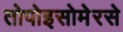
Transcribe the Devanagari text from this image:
तोपोइसोमेरसे